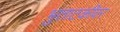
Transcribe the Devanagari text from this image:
भुताटकीवर